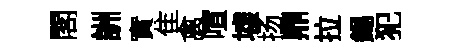
閣詶實隹禽喧墟扬鼎拉錫犯